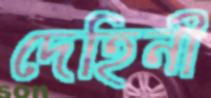
দেহিনী